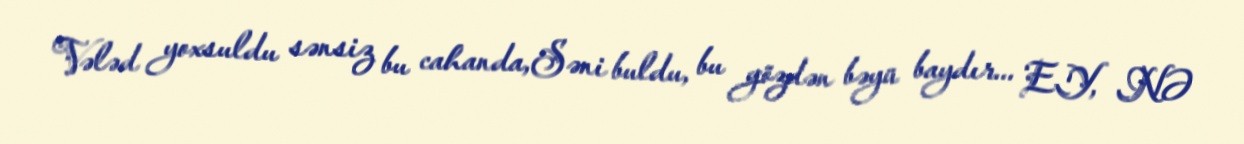
Vələd yoxsuldu sənsiz bu cahanda,Səni buldu, bu gözdən bəyü baydır... EY, NƏ